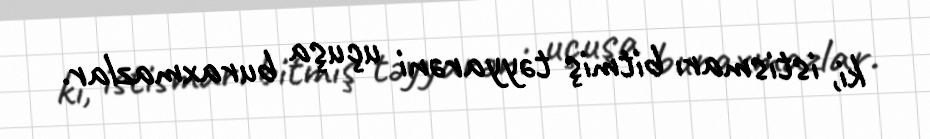
ki, istismarı bitmiş təyyarəni uçuşa buraxmazlar.